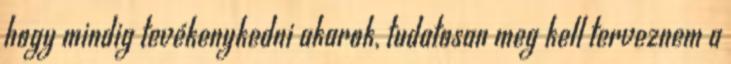
hogy mindig tevékenykedni akarok, tudatosan meg kell terveznem a